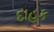
દાહક